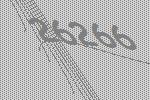
26266